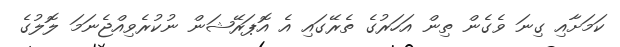
ކަމަށާއި ގިނަ ވެގެން ތިން އަހަރުގެ ތެރޭގައި އެ އޮޕަރޭޝަން ނުކުރެވިއްޖެނަމަ ލޮލުގެ